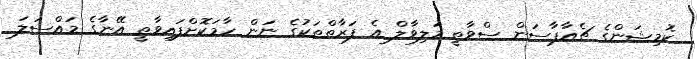
ކޮމިޝަންގެ ޗެއާޕާސަން ސްވާތީ މަލިވާލް އެ ފަރާތްތަކުގެ ނަން ހާމަކޮށްފައިވާތީ އޭނާގެ މައްސަލަ